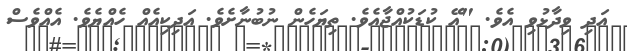
އަދި ވިދާޅުވި އެވެ. "އޭ ކުޑަކުއްޖާއެވެ. ތިޔަހެން ނުބުނާށެވެ. އަދިކިއެއް ހެއްޔެވެ. އެއްވެސް